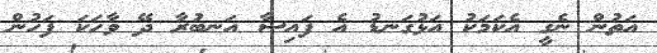
އަތުން ނެގީ އެކަމަކު އަޅުގަނޑު އެ ފައިސާ އަނބުރާ ދޭ ވާހަކަ ފަހުން